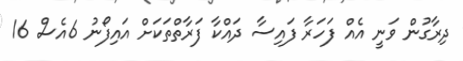
ދިރާގުން ވަނީ އެއް ފަހަރާ ފައިސާ ދައްކާ ފަރާތްތަކަށް އައިފޯނު 6އެސް 16